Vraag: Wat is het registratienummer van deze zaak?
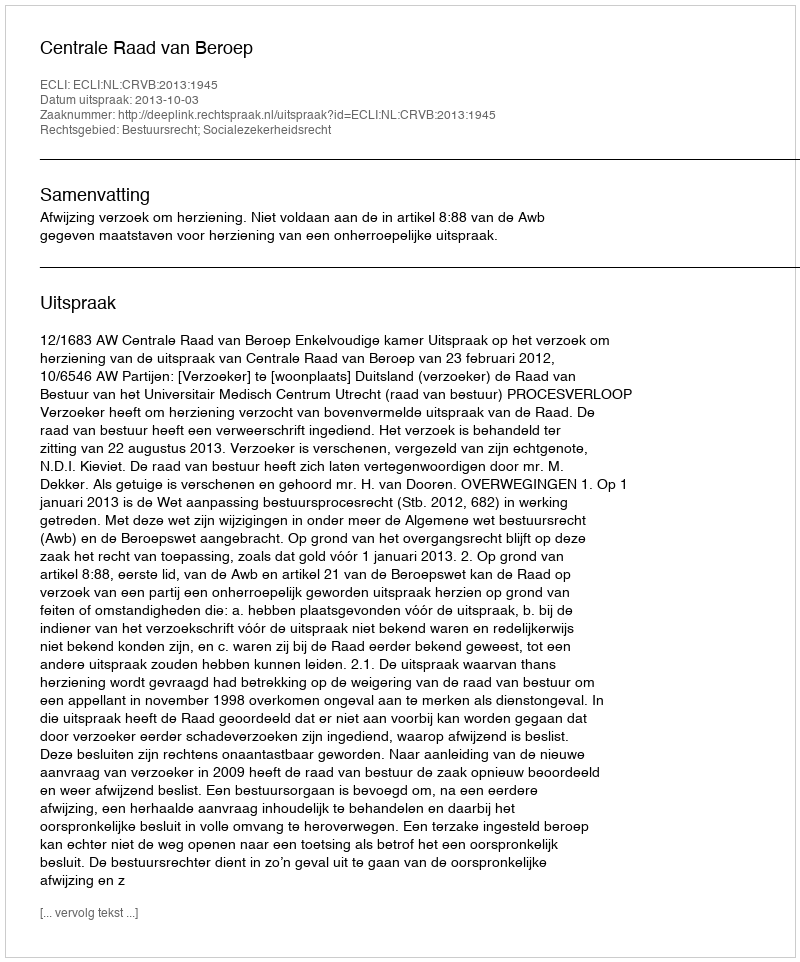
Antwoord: http://deeplink.rechtspraak.nl/uitspraak?id=ECLI:NL:CRVB:2013:1945